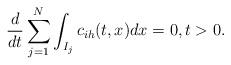
LaTeX: \begin{align*}\frac{d}{dt} \sum_{j=1}^N \int_{I_j} c_{ih}(t, x) dx =0, t>0.\end{align*}